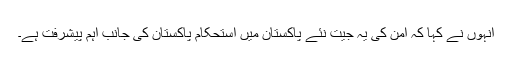
انہوں نے کہا کہ امن کی یہ جیت نئے پاکستان میں استحکام پاکستان کی جانب اہم پیشرفت ہے۔